Punjab Mental Hospital Lahore 1922-31 - 1922-1931
Year: 1922
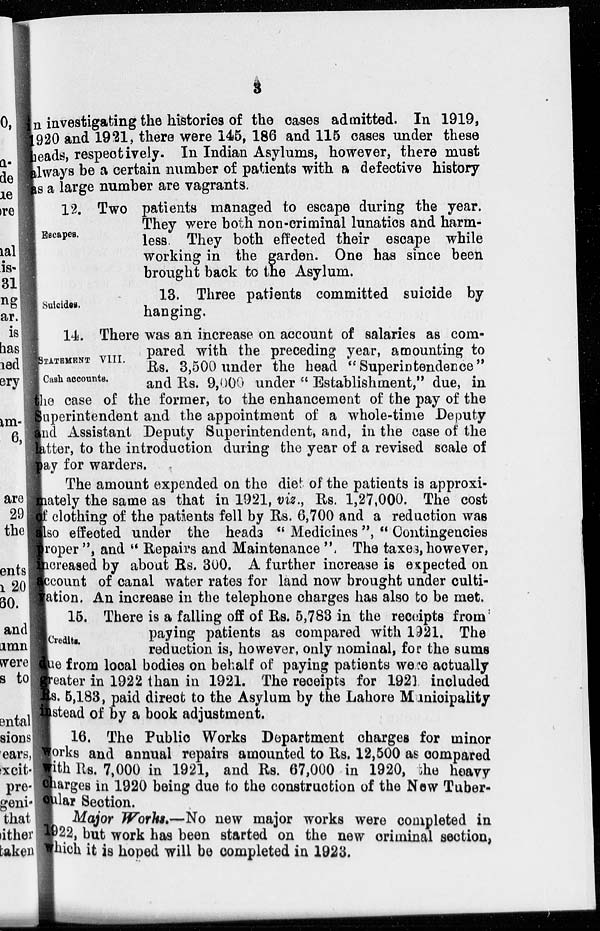
3
in investigating the histories of the cases admitted. In 1919,
1920 and 1921, there were 145, 186 and 115 cases under these
heads, respectively. In Indian Asylums, however, there must
always be a certain number of patients with a defective history
as a large number are vagrants.
Escapes.
12. Two patients managed to escape during the year.
They were both non-criminal lunatics and harm-
less. They both effected their escape while
working in the garden. One has since been
brought back to the Asylum.
Suicides.
13. Three patients committed suicide by
hanging.
STATEMENT VIII.
Cash accounts.
14. There was an increase on account of salaries as com-
pared with the preceding year, amounting to
Rs. 3,500 under the head "Superintendence"
and Rs. 9,000 under " Establishment," due, in
the case of the former, to the enhancement of the pay of the
Superintendent and the appointment of a whole-time Deputy
and Assistant Deputy Superintendent, and, in the case of the
latter, to the introduction during the year of a revised scale of
pay for warders.
The amount expended on the diet of the patients is approxi-
mately the same as that in 1921, viz., Rs. 1,27,000. The cost
of clothing of the patients fell by Rs. 6,700 and a reduction was
also effected under the heads " Medicines ", " Contingencies
proper ", and " Repairs and Maintenance ". The taxes, however,
increased by about Rs. 300. A further increase is expected on
account of canal water rates for land now brought under culti-
vation. An increase in the telephone charges has also to be met.
Credits.
15. There is a falling off of Rs. 5,783 in the receipts from
paying patients as compared with 1921. The
reduction is, however, only nominal, for the sums
due from local bodies on behalf of paying patients were actually
greater in 1922 than in 1921. The receipts for 1921 included
Rs. 5,183, paid direct to the Asylum by the Lahore Municipality
instead of by a book adjustment.
16. The Public Works Department charges for minor
works and annual repairs amounted to Rs. 12,500 as compared
with Rs. 7,000 in 1921, and Rs. 67,000 in 1920, the heavy
charges in 1920 being due to the construction of the New Tuber-
cular Section.
Major Works.—No new major works were completed in
1922, but work has been started on the new criminal section,
which it is hoped will be completed in 1923.